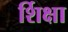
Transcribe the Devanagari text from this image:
र्शिक्षा